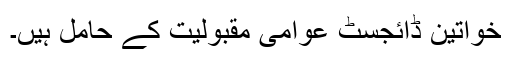
خواتین ڈائجسٹ عوامی مقبولیت کے حامل ہیں۔